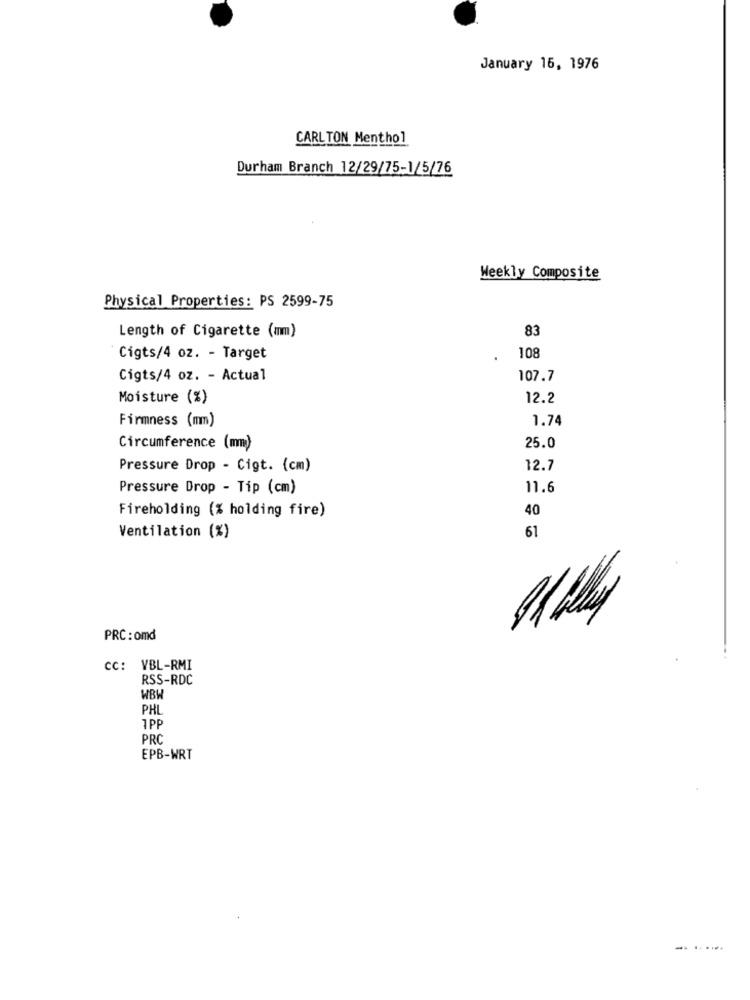
January 16, 1976
CARLTON Menthol
Durham Branch 12/29/75-1/5/76
Weekly Composite
Physical Properties: PS 2599-75
Length of Cigarette (mm)
83
Cigts/4 oz. - Target
108
Cigts/4 oz. - Actual
107.7
Moisture (%)
12.2
Firmness (mm)
1.74
Circumference (mm)
25.0
Pressure Drop - Cigt. (cm)
12.7
Pressure Drop - Tip (cm)
11.6
Fireholding (% holding fire)
40
61
Ventilation (%)
PRC : omd
CC: VBL-RMI
RSS-RDC
WBW
PHL
1PF
PRO
EPB-WRT